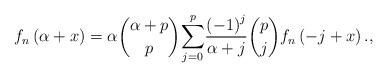
LaTeX: \begin{align*}f_{n}\left( \alpha +x\right) =\alpha \binom{\alpha +p}{p}\underset{j=0}{\overset{p}{\sum }}\frac{\left( -1\right) ^{j}}{\alpha +j}\binom{p}{j}f_{n}\left( -j+x\right) ., \end{align*}